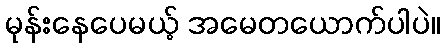
မုန်းနေပေမယ့် အမေတယောက်ပါပဲ။